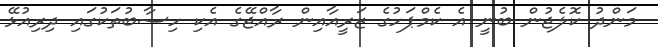
މަންދު ކޮލެޖުން ބުނީ އެ ކެމްޕަހުގެ ޒަރީއާއިން ރާއްޖޭގެ އެކި ހިސާބުތަކުގައި ދިރިއުޅޭ